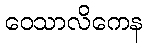
ဝေသာလိကေန